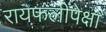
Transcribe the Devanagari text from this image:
रायफलींपेक्षा